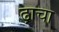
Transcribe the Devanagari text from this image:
ढ़ाचा